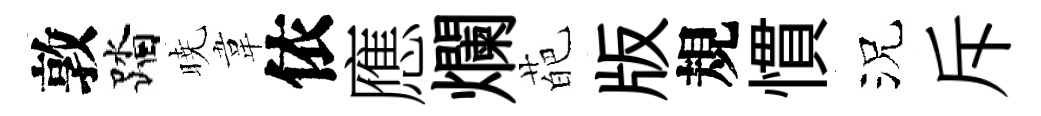
敦踏暁韋依應爛葩版規慣況斥